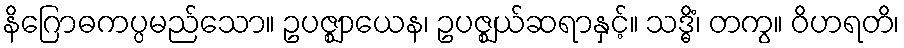
နိဂြောဓကပ္ပမည်သော။ ဥပဇ္ဈာယေန၊ ဥပဇ္ဈယ်ဆရာနှင့်။ သဒ္ဓိံ၊ တကွ။ ဝိဟရတိ၊